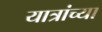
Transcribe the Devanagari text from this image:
यात्रांच्या